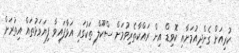
ކުރިއަށް ގެންދިއުމަށާއި ކޮވިޑް އިން ރައްކާތެރިވުމަށް ސްކޫލް ތަކުގައި އަޅާފައިވާ ފިޔަވަޅުތައް އިތުރަށް